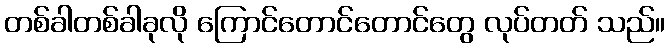
တစ်ခါတစ်ခါခုလို ကြောင်တောင်တောင်တွေ လုပ်တတ် သည်။